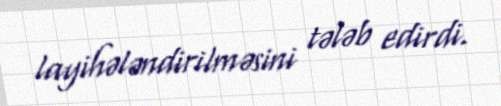
layihələndirilməsini tələb edirdi.